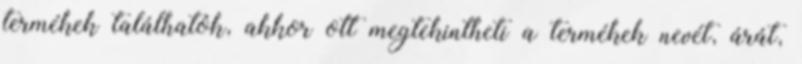
termékek találhatók, akkor ott megtekintheti a termékek nevét, árát,